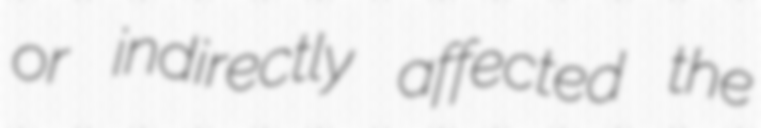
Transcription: or indirectly affected the